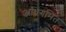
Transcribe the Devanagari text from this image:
अधिगमित